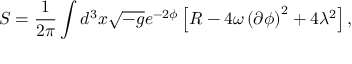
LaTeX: S = \frac { 1 } { 2 \pi } \int d ^ { 3 } x \sqrt { - g } e ^ { - 2 \phi } \left[ R - 4 \omega \left( \partial \phi \right) ^ { 2 } + 4 \lambda ^ { 2 } \right] ,